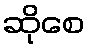
ဆိုစေ